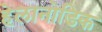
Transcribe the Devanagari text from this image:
हेलानोडिक